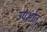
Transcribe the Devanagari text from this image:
उपभोत